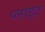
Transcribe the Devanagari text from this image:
प्लाइट